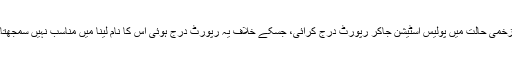
زخمی حالت میں پولیس اسٹیشن جاکر رپورٹ درج کرائی، جسکے خلاف یہ رپورٹ درج ہوئی اس کا نام لینا میں مناسب نہیں سمجھتا۔